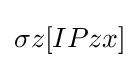
\sigma z[IPzx]